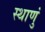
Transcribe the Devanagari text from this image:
स्थाणुं